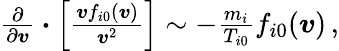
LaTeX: \begin{array}{r}{\frac{\partial}{\partial\boldsymbol{v}}\boldsymbol{\cdot}\left[\frac{\boldsymbol{v}f_{i0}(\boldsymbol{v})}{\boldsymbol{v}^{2}}\right]\sim-\frac{m_{i}}{T_{i0}}f_{i0}(\boldsymbol{v})\, ,}\end{array}